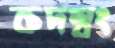
কদম্বং